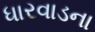
ધારવાડના